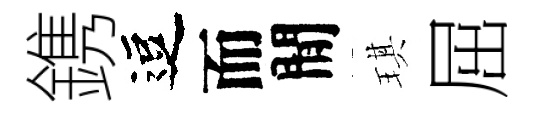
鎸逗而閒琪屈